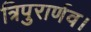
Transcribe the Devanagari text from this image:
त्रिपुरार्णव।